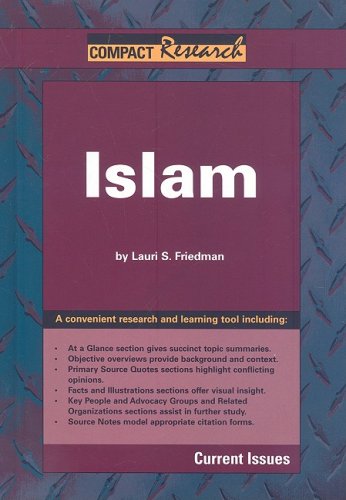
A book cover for Islam (Compact Research Series); Lauri S. Friedman; Teen & Young Adult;